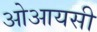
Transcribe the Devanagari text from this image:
ओआयसी